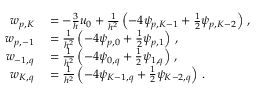
\begin{array} { r l } { w _ { p , K } } & { { } = - \frac { 3 } { h } u _ { 0 } + \frac { 1 } { h ^ { 2 } } \left( - 4 \psi _ { p , K - 1 } + \frac { 1 } { 2 } \psi _ { p , K - 2 } \right) \, , } \\ { w _ { p , - 1 } } & { { } = \frac { 1 } { h ^ { 2 } } \left( - 4 \psi _ { p , 0 } + \frac { 1 } { 2 } \psi _ { p , 1 } \right) \, , } \\ { w _ { - 1 , q } } & { { } = \frac { 1 } { h ^ { 2 } } \left( - 4 \psi _ { 0 , q } + \frac { 1 } { 2 } \psi _ { 1 , q } \right) \, , } \\ { w _ { K , q } } & { { } = \frac { 1 } { h ^ { 2 } } \left( - 4 \psi _ { K - 1 , q } + \frac { 1 } { 2 } \psi _ { K - 2 , q } \right) \, . } \end{array}